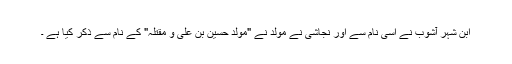
ابن شہر آشوب نے اسی نام سے اور نجاشی نے مولد نے "مولد حسین بن علی و مقتلہ" کے نام سے ذکر کیا ہے ۔